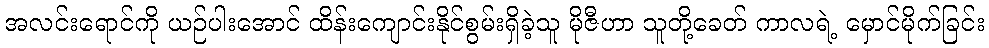
အလင်းရောင်ကို ယဉ်ပါးအောင် ထိန်းကျောင်းနိုင်စွမ်းရှိခဲ့သူ မိုဇီဟာ သူတို့ခေတ် ကာလရဲ့ မှောင်မိုက်ခြင်း